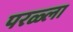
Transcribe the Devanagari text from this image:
परळ्ला